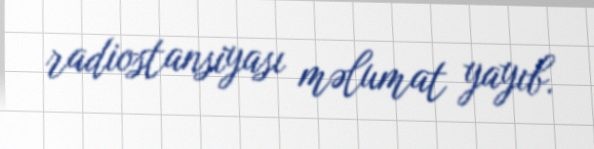
radiostansiyası məlumat yayıb.